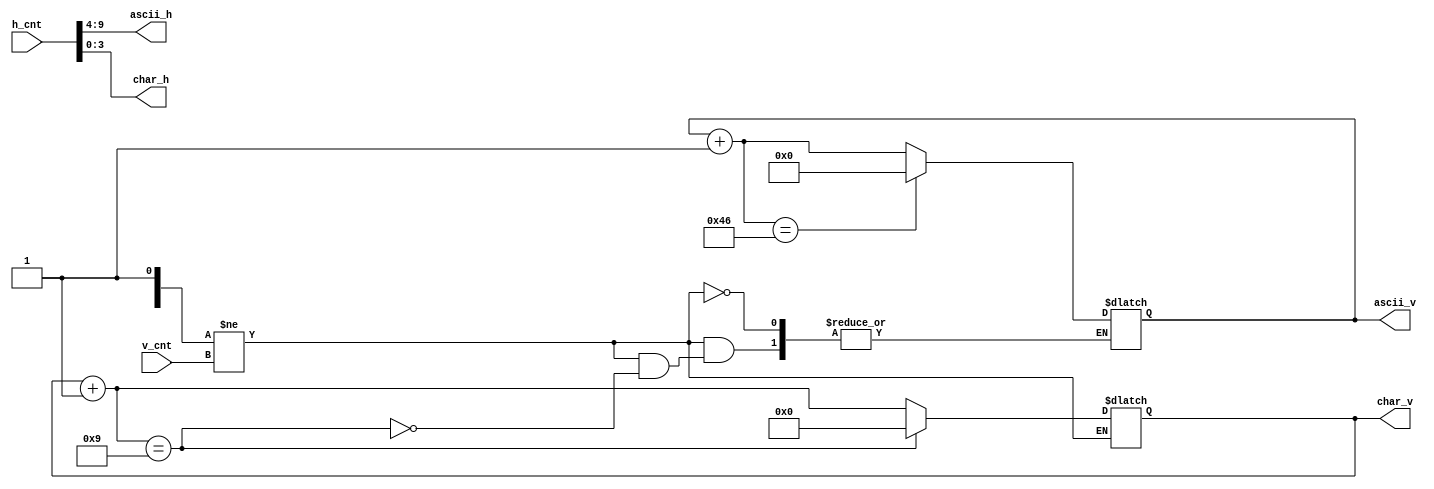
module seperate(h_cnt, v_cnt, ascii_h, ascii_v, char_h, char_v);
	input [9:0]      h_cnt;
   input [9:0]      v_cnt;
	output wire [5:0]ascii_h; // ,h_cnt / 16
	output reg [7:0]ascii_v; // , v_cnt / 9
	output wire [3:0]char_h; // , h_cnt % 16
	output reg [4:0]char_v; // , v_cnt % 9
	reg [9:0]prev;
	assign ascii_h = h_cnt[9:4];
	assign char_h = h_cnt[3:0];
	always @ (*) begin
		if(prev != v_cnt) begin
			char_v = char_v + 1;
			if(char_v == 9) begin
				char_v = 0;
				ascii_v = ascii_v + 1;
				if(ascii_v == 8'd70)
					ascii_v = 0;
			end
		end
	end
endmodule